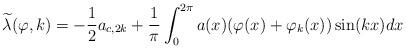
LaTeX: \begin{align*} \widetilde\lambda(\varphi,k)=-\frac{1}{2 }a_{c,2k}+ \frac{1}{\pi }\int_0^{2\pi} a(x)(\varphi(x)+\varphi_k(x))\sin (kx)dx\end{align*}